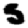
Digit: 5